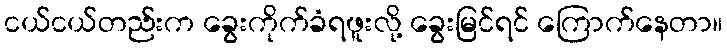
ငယ်ငယ်တည်းက ခွေးကိုက်ခံရဖူးလို့ ခွေးမြင်ရင် ကြောက်နေတာ။